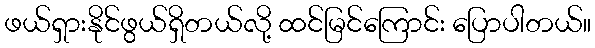
ဖယ်ရှားနိုင်ဖွယ်ရှိတယ်လို့ ထင်မြင်ကြောင်း ပြောပါတယ်။